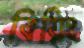
বিয়িং